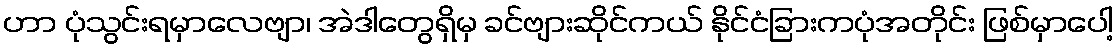
ဟာ ပုံသွင်းရမှာလေဗျာ၊ အဲဒါတွေရှိမှ ခင်ဗျားဆိုင်ကယ် နိုင်ငံခြားကပုံအတိုင်း ဖြစ်မှာပေါ့